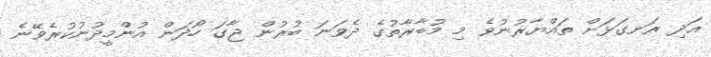
އަދި ރަނގަޅަށް ތައްޔާރުނުވެ މި މުބާރާތުގެ ދެވަނަ ބުރުން ޖާގަ ހޯދަން އުންމީދުނުކުރެވޭނެ